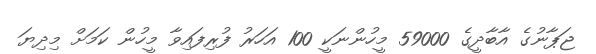
ޖަޕާނުގެ އާބާދީގެ 59000 މީހުންނަކީ 100 އަހަރު ފުރިފައިވާ މީހުން ކަމަށް މިދިޔަ